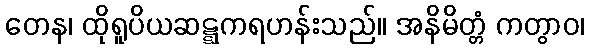
တေန၊ ထိုရူပိယဆဋ္ဋကရဟန်းသည်။ အနိမိတ္တံ ကတွာဝ၊